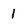
Character: 1